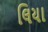
લિયા